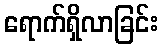
ရောက်ရှိလာခြင်း